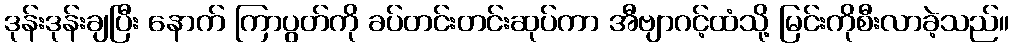
ဒုန်းဒုန်းချပြီး နောက် ကြာပွတ်ကို ခပ်တင်းတင်းဆုပ်ကာ အီဗျာဂင့်ထံသို့ မြင်းကိုစီးလာခဲ့သည်။